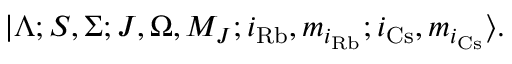
| \Lambda ; S , \Sigma ; J , \Omega , M _ { J } ; i _ { \mathrm { R b } } , m _ { i _ { \mathrm { R b } } } ; i _ { \mathrm { C s } } , m _ { i _ { \mathrm { C s } } } \rangle .